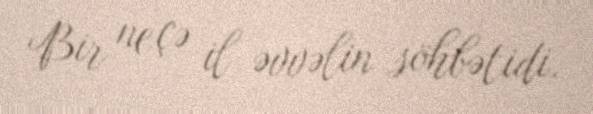
Bir neçə il əvvəlin söhbətidi.